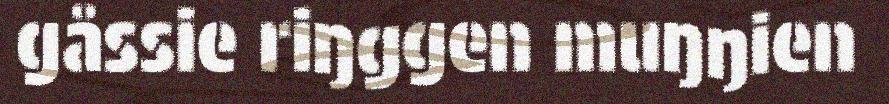
gåssie riŋggen muŋŋien